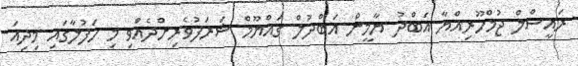
ރައީސްލް ޖުމްހޫރިއްޔާ އަބްދު ޔާމީން އަބްދުލް ގައްޔޫމް ޝަރަފުވެރިށްދެއްވި މި ހަފުލާގައި މިދިއަ